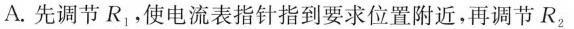
A.先调节R_{1}，使电流表指针指到要求位置附近，再调节R_{2}